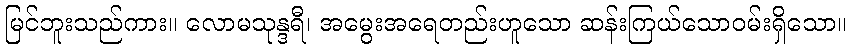
မြင်ဘူးသည်ကား။ လောမသုန္ဒရီ၊ အမွေးအရေတည်းဟူသော ဆန်းကြယ်သောဝမ်းရှိသော။